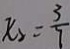
x _ { 2 } = \frac { 3 } { 7 }